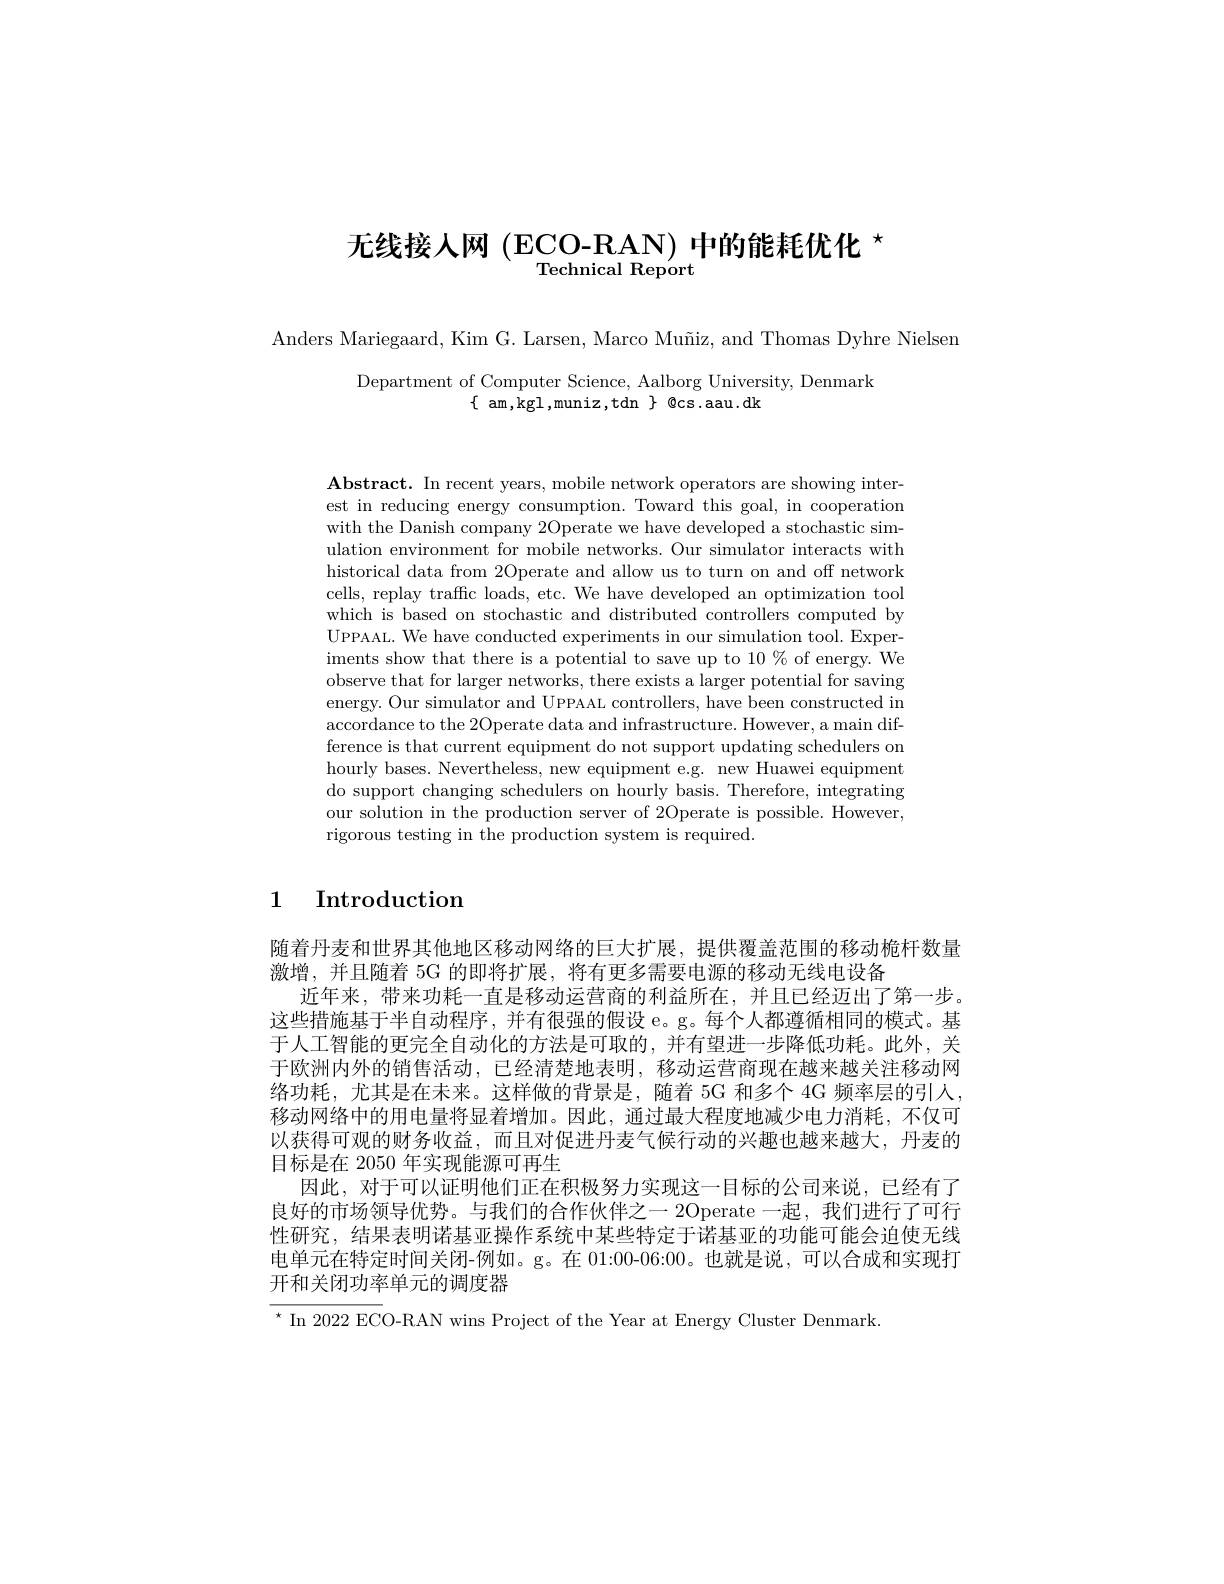
# 无线接人网(ECO-RAN) 中的能耗优化$^{\star}$ Technical Report

Anders Mariegaard, Kim G. Larsen, Marco Muñiz, and Thomas Dyhre Nielsen

Department of Computer Science, Aalborg University, Denmark
$\{$ am,kgl,muniz,tdn$\}$ Qcs.aau.dk

est in reducing energy consumption. Toward this goal, in cooperation with the Danish company 2Operate we have developed a stochastic simulation environment for mobile networks. Our simulator interacts with historical data from 2Operate and allow us to turn on and off network cells, replay traffic loads, etc. We have developed an optimization tool which is based on stochastic and distributed controllers computed by UPPAAL. We have conducted experiments in our simulation tool. Experiments show that there is a potential to save up to 10 % of energy. We observe that for larger networks, there exists a larger potential for saving energy. Our simulator and UPPAAL controllers, have been constructed in accordance to the 2Operate data and infrastructure. However, a main difference is that current equipment do not support updating schedulers on hourly bases. Nevertheless, new equipment e.g. new Huawei equipment do support changing schedulers on hourly basis. Therefore, integrating our solution in the production server of 2Operate is possible. However, rigorous testing in the production system is required.

1 Introduction

随着丹麦和世界其他地区移动网络的巨大扩展，提供覆盖范围的移动桅杆数量
激增，并且随着 5G 的即将扩展，将有更多需要电源的移动无线电设备
近年来，带来功耗一直是移动运营商的利益所在，并且已经迈出了第一步。这些措施基于半自动程序，并有很强的假设 e。g。每个人都遵循相同的模式。基于人工智能的更完全自动化的方法是可取的，并有望进一步降低功耗。此外，关于欧洲内外的销售活动，已经清楚地表明，移动运营商现在越来越关注移动网络功耗，尤其是在未来。这样做的背景是，随着 5G 和多个 4G 频率层的引入， 移动网络中的用电量将显着增加。因此，通过最大程度地减少电力消耗，不仅可以获得可观的财务收益，而且对促进丹麦气候行动的兴趣也越来越大，丹麦的目标是在 2050 年实现能源可再生
因此，对于可以证明他们正在积极努力实现这一目标的公司来说，已经有了良好的市场领导优势。与我们的合作伙伴之一 2Operate 一起，我们进行了可行性研究，结果表明诺基亚操作系统中某些特定于诺基亚的功能可能会迫使无线电单元在特定时间关闭-例如。g。在 01:00-06:00。也就是说，可以合成和实现打开和关闭功率单元的调度器
$^{\star}$ In 2022 ECO-RAN wins Project of the Year at Energy Cluster Denmark